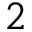
2